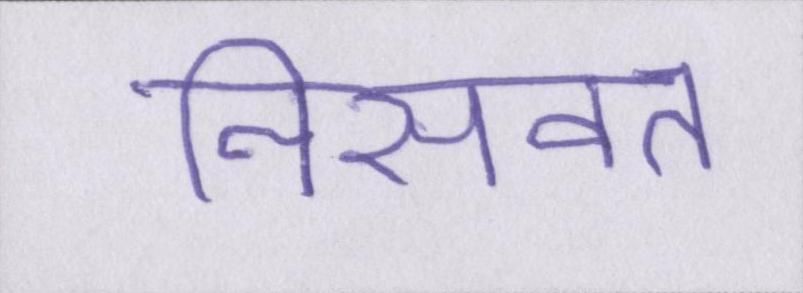
निसवत